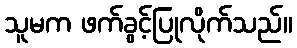
သူမက ဖက်ခွင့်ပြုလိုက်သည်။